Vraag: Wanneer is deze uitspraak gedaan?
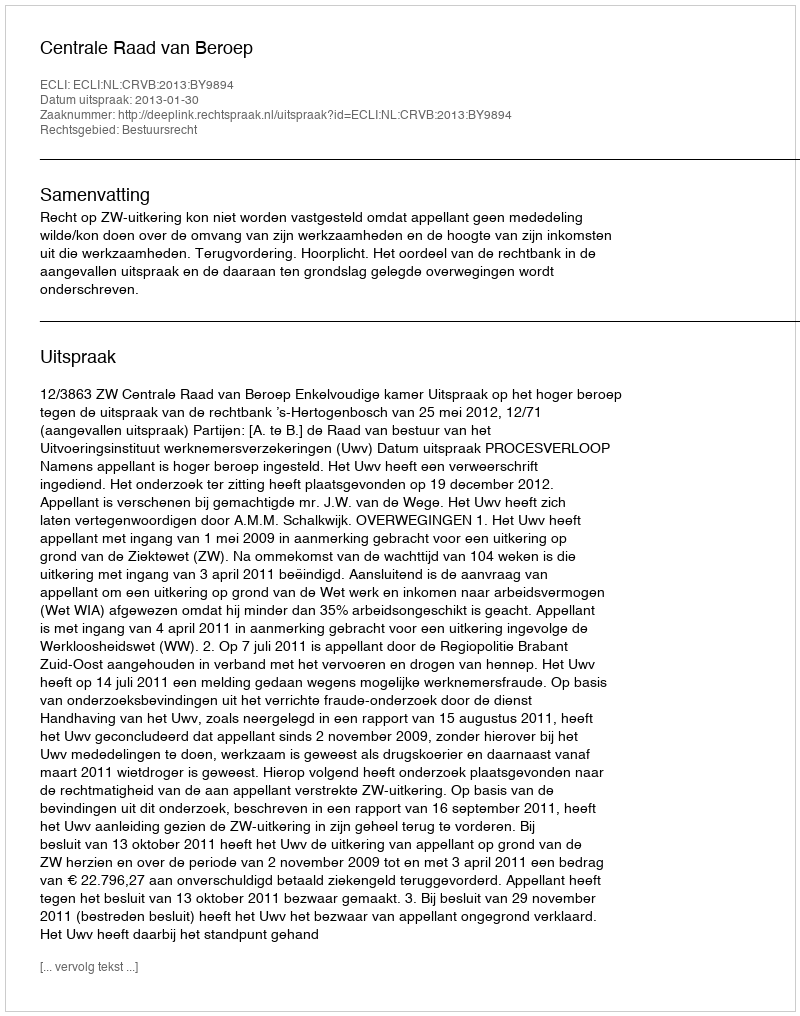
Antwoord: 2013-01-30